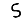
Digit: 5